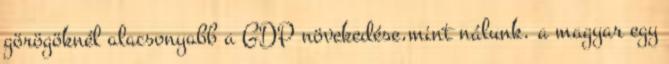
görögöknél alacsonyabb a GDP növekedése,mint nálunk. a magyar egy